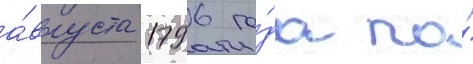
а́вгуста 1796 го́да по́